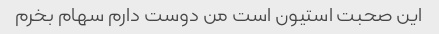
این صحبت استیون است من دوست دارم سهام بخرم